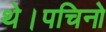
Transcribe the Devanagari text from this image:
थे।पचिनो